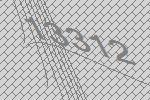
13312